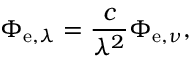
\Phi _ { \mathrm { e } , \lambda } = { \frac { c } { \lambda ^ { 2 } } } \Phi _ { \mathrm { e } , \nu } ,